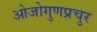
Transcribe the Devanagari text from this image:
ओजोगुणप्रचुर